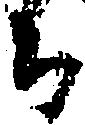
ち